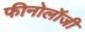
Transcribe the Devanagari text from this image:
फीनोलॉजी